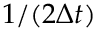
1 / ( 2 \Delta t )